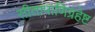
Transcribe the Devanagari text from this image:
सीतापाणिग्रहेष्ट